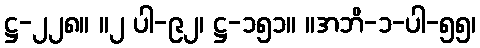
ဋ္ဌ-၂၂၈။ ။၂ ပါ-၉၂၊ ဋ္ဌ-၁၅၁။ ။အဘိ-၁-ပါ-၅၅၊